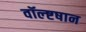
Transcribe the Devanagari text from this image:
वॉल्ष्टषान